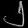
Digit: ၂